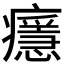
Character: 𤻘